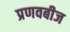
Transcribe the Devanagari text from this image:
प्रणवबीज